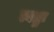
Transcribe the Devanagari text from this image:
त्वष्ट्रः